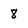
Character: 3